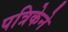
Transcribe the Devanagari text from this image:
पत्रिकेने